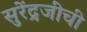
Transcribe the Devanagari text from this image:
सुरेंद्रजींची